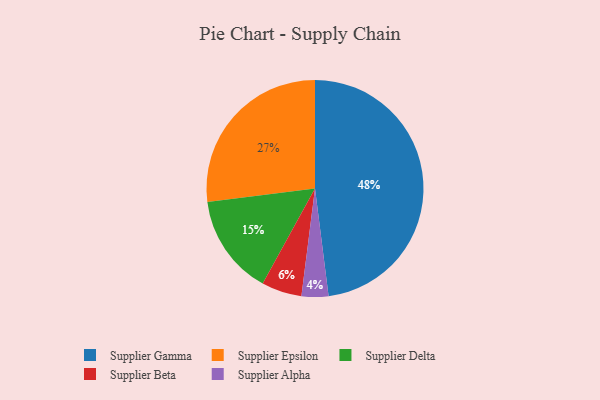
{"axis": {"x": "Category", "y": "Percentage"}, "legend": ["Supplier Alpha", "Supplier Beta", "Supplier Delta", "Supplier Epsilon", "Supplier Gamma"], "data": [{"x": "Supplier Alpha", "y": 4, "type": "Supplier Alpha"}, {"x": "Supplier Beta", "y": 6, "type": "Supplier Beta"}, {"x": "Supplier Epsilon", "y": 27, "type": "Supplier Epsilon"}, {"x": "Supplier Delta", "y": 15, "type": "Supplier Delta"}, {"x": "Supplier Gamma", "y": 48, "type": "Supplier Gamma"}]}